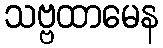
သဗ္ဗထာမေန